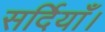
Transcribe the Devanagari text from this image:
सर्दियाँ।